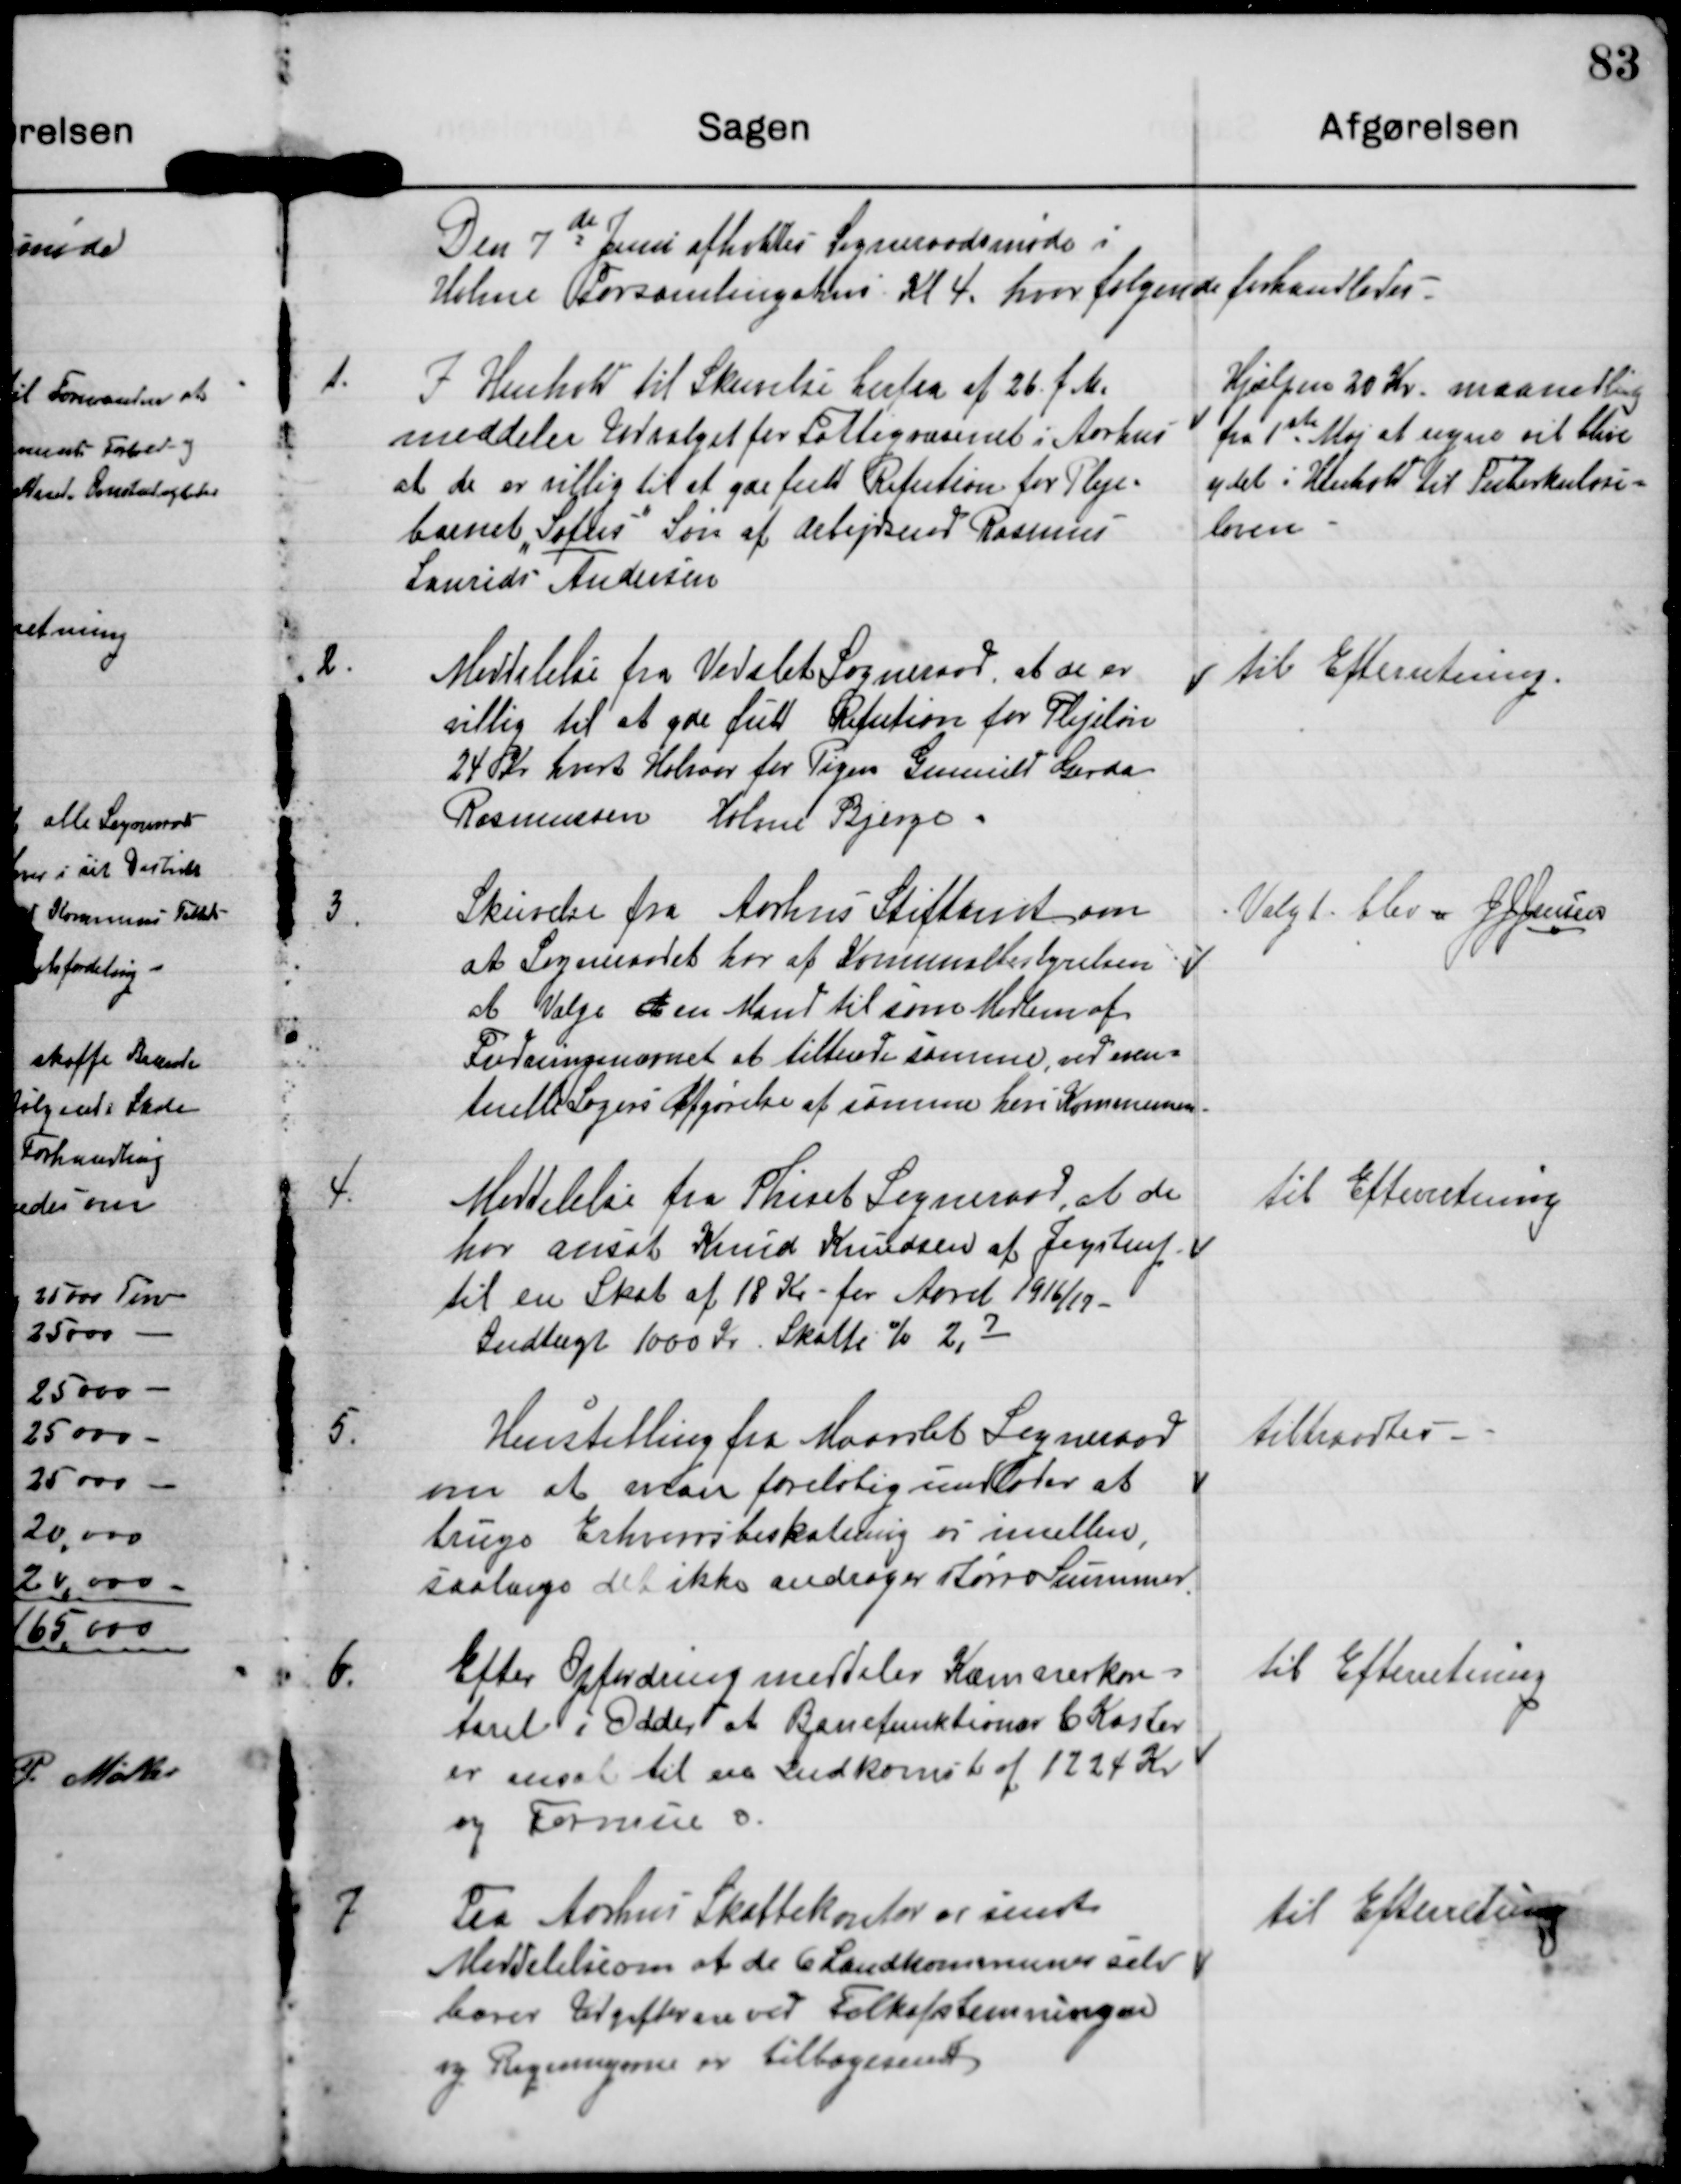
Transskription:
Den 7de Juni afholdtes Sogneraadsmøde i
Holme Forsamlingshus Kl 4 hvor følgende forhandledes

1.
I Henhold til Skrivelse heerfra af 26 f.M.
meddeler Udvalget for Fattigvæsenet i Aarhus
at de er villig til at yde fuld Refution for Pleje-
barnet "Sofus", Søn af Arbejdsmd Rasmus
Laurids Andersen

Hjælpen 20 Kr maanedlig
fra 1st Maj at regne vil blive
ydet i Henhold til Tuberkulose-
loven.

2.
Meddelelse fra Vedslet Sogneraad, at de er
villig til at yde fuld Refution for Plejeløn
24 Kr hvert Halvaar for Pigen Gunnild Gerda
Rasmussen Holme Bjerge.

til Efterretning

3.
Skrivelse fra Aarhus Stifamt om
at Sogneraadet har af Komunalbestyrelsen
at Vælge en Mand til som Medlem af
Vurderingsnævnet at tiltræde samme, ved even-
tuelle Sagers Afgørelse af samme heri Kommunen.

Valgt blev J J Jensen

4.
Meddelelse fra Thiset Sogneraad, at de
har ansat Knud Knudsen af Jegstrup
til en Skat af 18 kr for Aaret 1916/17
Indtægt 1000 Kr Skatte % 2,7

til Efterretning

5.
Henstilling fra Maarslet Sogneraad
om at man foreløbig understaar at
bruge Erhvervsbeskatning vi imellem
saalænge det ikke andrager større Summer

tiltraadtes

6.
Efter Opfordring meddeler Kæmnerkon-
toret i Odder at Banefunktionær C Kaster
er ansat tilen Indkomst af 1224 Kr
og Formue

til Efterretning

7
Fra Aarhus Skattekontor er sendt
Meddelelse om at de 6 Landkommuner selv
bærer Udgifterne ved Folkeafstemningen
og Regningerne er tilbagesendt.

til Efterretning